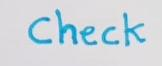
Check